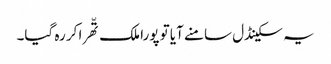
یہ سکینڈل سامنے آیا تو پورا ملک تّھرا کر رہ گیا۔